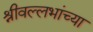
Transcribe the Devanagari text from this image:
श्रीवल्लभांच्या